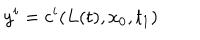
LaTeX: y ^ { i } = c ^ { i } ( L ( t ) , x _ { 0 } , t _ { 1 } )